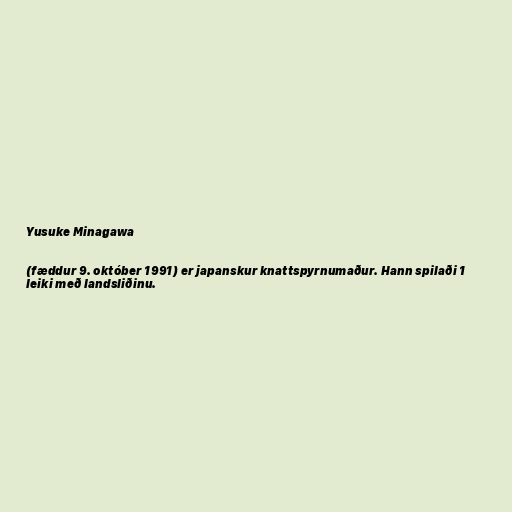
Yusuke Minagawa

(fæddur 9. október 1991) er japanskur knattspyrnumaður. Hann spilaði 1
leiki með landsliðinu.